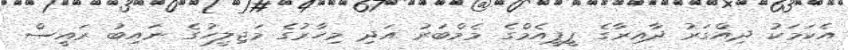
އެކަމަކު ދިއްގަރު ދާއިރާގެ ޕީޕީއެމްގެ މެމްބަރު އަދި މިހާރުގެ މަޖިލީހުގެ ނައިބު ރައީސް